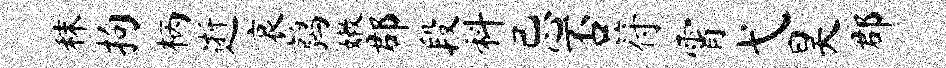
秣拘柄逝哀鹑嫩郡段料忌否符霄弋昊郡